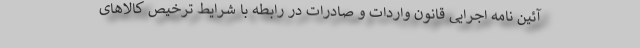
آئین نامه اجرایی قانون واردات و صادرات در رابطه با شرایط ترخیص کالاهای